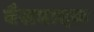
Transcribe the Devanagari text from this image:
बैसवादक